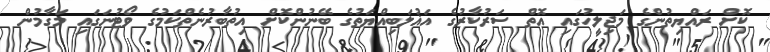
ކޮށް ރައްޔިތުންގެ މަޖިލީހުގައި އޮތް ސަރުކާރުގެ އަޣުލަބިއްޔަތުގެ ބޭނުންކޮށް އިތުބާރުނެތްކަމުގެ ވޯޓުނަގައި މަގާމުން